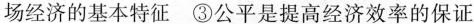
场经济的基本特征 ③公平是提高经济效率的保证